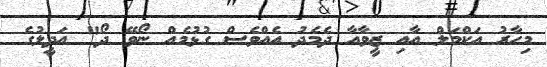
މިހާރު އަކްމަލް އާއި ޒީވާއާ ދެމެދު އެއްވެސް ގުޅުމެއް ނޯވޭ ދޯ" އަދީލުގެ